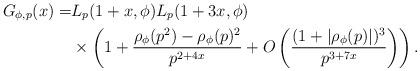
LaTeX: \begin{align*}G_{\phi, p}(x)=& L_p(1+x, \phi)L_p(1 + 3x, \phi)\\& \times\left(1 +\frac{\rho_\phi(p^2)-\rho_\phi(p)^2}{p^{2 + 4x}} +O\left(\frac{(1 + |\rho_\phi(p)|)^{3}}{p^{3 + 7x}}\right)\right).\end{align*}